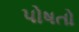
પોષતો